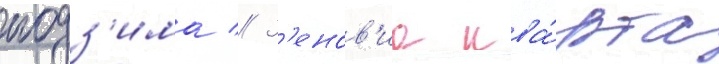
нодз'има // З'енов'иа ква́рта